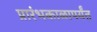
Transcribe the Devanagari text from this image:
प्रारंभकाळापर्यंत